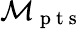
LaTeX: \mathcal{M}_{\mathrm{{~p~t~s~}}}